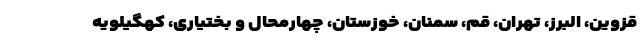
قزوین، البرز، تهران، قم، سمنان، خوزستان، چهارمحال و بختیاری، کهگیلویه